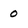
Character: 0